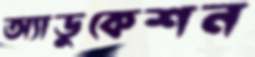
অ্যাডুকেশন